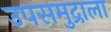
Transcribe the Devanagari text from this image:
उपसमुद्राला